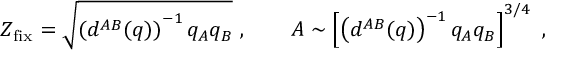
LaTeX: Z _ { \mathrm { f i x } } = \sqrt { \left( d ^ { A B } ( q ) \right) ^ { - 1 } q _ { A } q _ { B } } \ , \qquad A \sim \left[ \left( d ^ { A B } ( q ) \right) ^ { - 1 } q _ { A } q _ { B } \right] ^ { 3 / 4 } \ ,